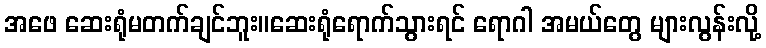
အဖေ ဆေးရုံမတက်ချင်ဘူး။ဆေးရုံရောက်သွားရင် ရောဂါ အမယ်တွေ များလွန်းလို့